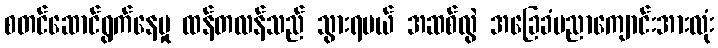
စတင်ဆောင်ရွက်နေမှု ထန်တလန်သည် သွားရမယ် အဆစ်လွဲ အခြေခံပညာကျောင်းအားလုံး